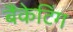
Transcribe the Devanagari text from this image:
बैंकेटिंग